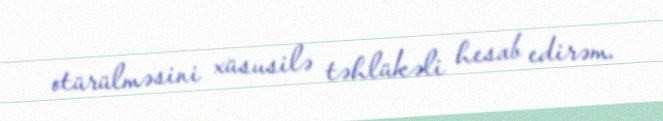
otürülməsini xüsusilə təhlükəli hesab edirəm.